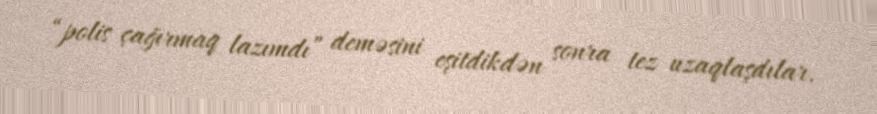
“polis çağırmaq lazımdı” deməsini eşitdikdən sonra tez uzaqlaşdılar.